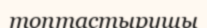
топтастырушы